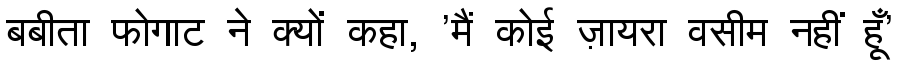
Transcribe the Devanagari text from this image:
बबीता फोगाट ने क्यों कहा, 'मैं कोई ज़ायरा वसीम नहीं हूँ'